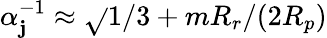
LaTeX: \alpha_{\mathbf{j}}^{-1}\approx\sqrt{}{{1/3+mR_{r}/(2R_{p})}}